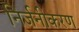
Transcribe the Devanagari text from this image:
निर्जनीकरण